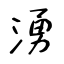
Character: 湧